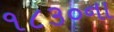
૧૮૩૦ના